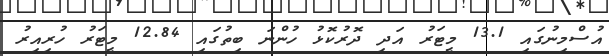
އުސްމިނުގައި 13.1 މީޓަރު އަދި ދޮރުކޮޅު ހުންނަ ބިތުގައި 12.84 މީޓަރު ހުރިއިރު